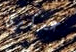
عسكرى